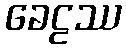
ခေဠဿ